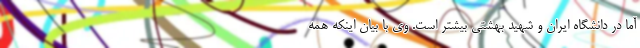
آما در دانشگاه ایران و شهید بهشتی بیشتر است. وی با بیان اینکه همه